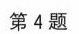
第4题